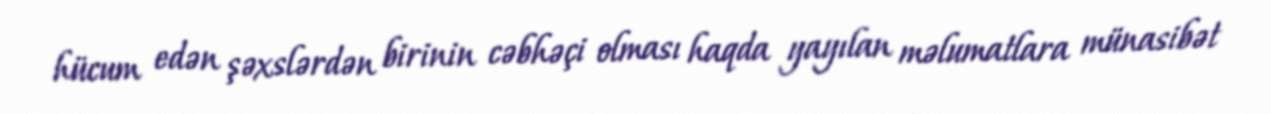
hücum edən şəxslərdən birinin cəbhəçi olması haqda yayılan məlumatlara münasibət